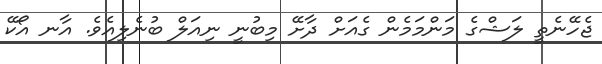
ޖެހޭނެތީ ލަޝްގެ މަންމަމެން ގެއަށް ދާށޭ މިބުނީ ނިއަލް ބުނެލިއެވެ. އާނ އޯކޭ